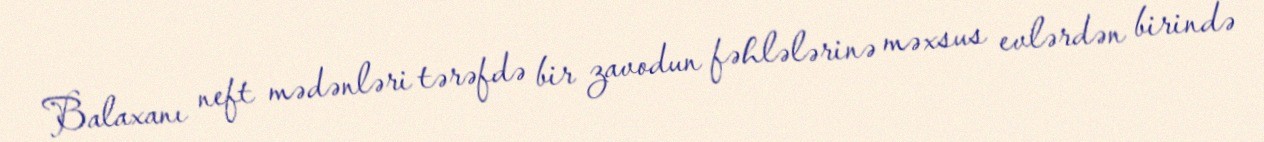
Balaxanı neft mədənləri tərəfdə bir zavodun fəhlələrinə məxsus evlərdən birində